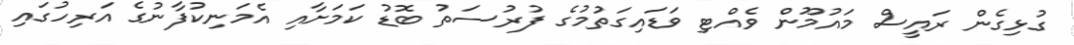
ގުޅިގެން ރައީސް މައުމޫން ވެއްޓި ވަޑައިގަތުމުގެ ފުރުސަތު ބޮޑު ކަމަށާއި އެމަނިކުފާނުގެ އަރިހުގައި